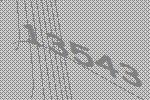
13543